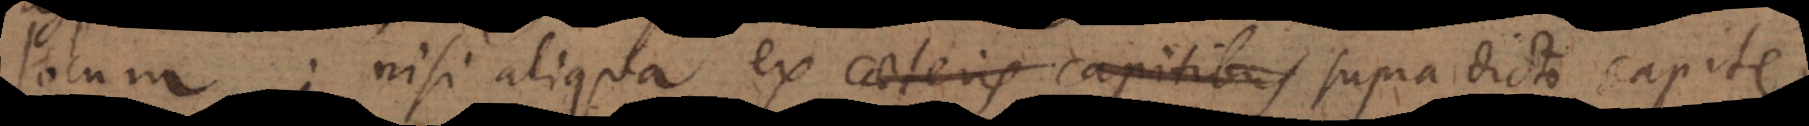
locum; nisi aliqua ex caeteris capitibus supra dicti